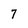
Character: 7